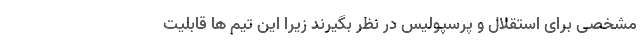
مشخصی برای استقلال و پرسپولیس در نظر بگیرند زیرا این تیم ها قابلیت